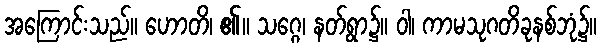
အကြောင်းသည်။ ဟောတိ၊ ၏။ သဂ္ဂေ၊ နတ်ရွာ၌။ ဝါ၊ ကာမသုဂတိခုနစ်ဘုံ၌။